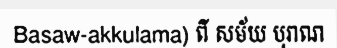
Basaw-akkulama) ពី សម័យ បុរាណ